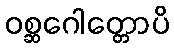
ဝစ္ဆဂေါတ္တောပိ